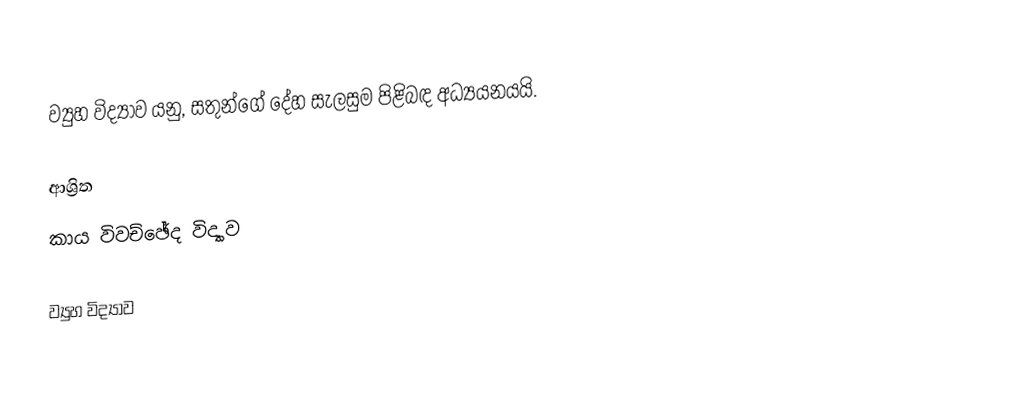
ව්‍යුහ විද්‍යාව යනු,   සතුන්ගේ දේහ සැලසුම පිළිබඳ අධ්‍යයනයයි.

ආශ්‍රිත
 කාය විවච්ඡේද විද්‍යාව

ව්‍යුහ විද්‍යාව